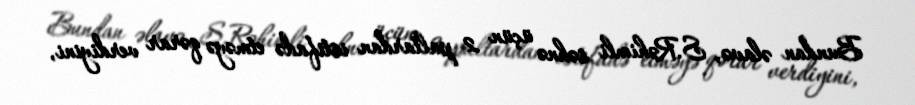
Bundan əlavə, S.Rəhimli səhnə üçün 2 paltardan istifadə etməyə qərar verdiyini,